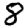
Digit: 8